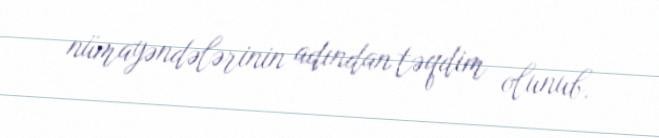
nümayəndələrinin adından təqdim olunub.